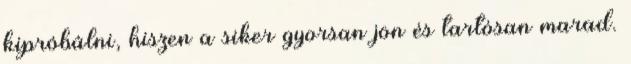
kipróbálni, hiszen a siker gyorsan jön és tartósan marad.